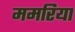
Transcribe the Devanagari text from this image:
ममरिया